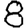
Digit: 8